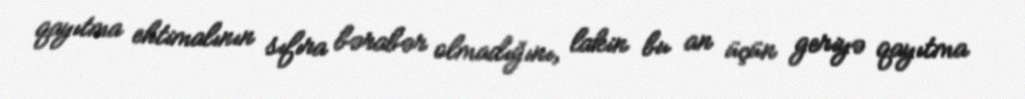
qayıtma ehtimalının sıfıra bərabər olmadığını, lakin bu an üçün geriyə qayıtma